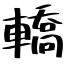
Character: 轎